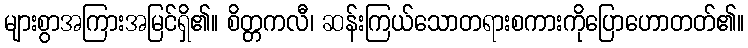
များစွာအကြားအမြင်ရှိ၏။ စိတ္တကလီ၊ ဆန်းကြယ်သောတရားစကားကိုပြောဟောတတ်၏။